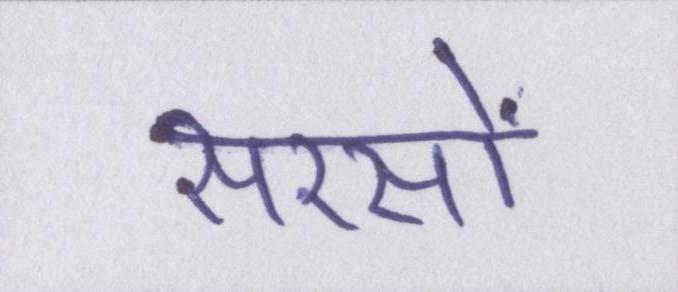
सरसों